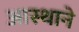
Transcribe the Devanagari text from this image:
आस्थाने